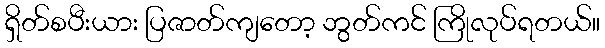
ရှိတ်စပီးယား ပြဇာတ်ကျတော့ ဘွတ်ကင် ကြိုလုပ်ရတယ်။